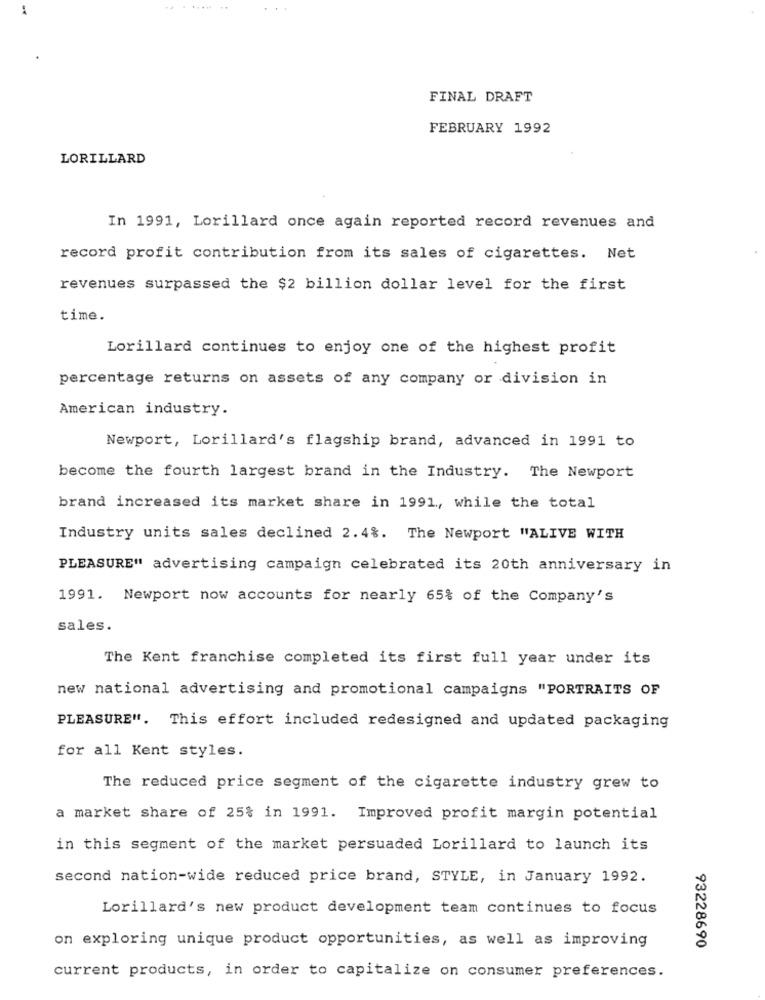
FINAL DRAFT
FEBRUARY 1992
LORILLARD
In 1991, Lorillard once again reported record revenues and
record profit contribution from its sales of cigarettes. Net
revenues surpassed the $2 billion dollar level for the first
time.
Lorillard continues to enjoy one of the highest profit
percentage returns on assets of any company or division in
American industry.
Newport, Lorillard's flagship brand, advanced in 1991 to
become the fourth largest brand in the Industry. The Newport
brand increased its market share in 1991, while the total
Industry units sales declined 2.4%. The Newport "ALIVE WITH
PLEASURE" advertising campaign celebrated its 20th anniversary in
1991. Newport now accounts for nearly 65% of the Company's
sales.
The Kent franchise completed its first full year under its
new national advertising and promotional campaigns "PORTRAITS OF
PLEASURE". This effort included redesigned and updated packaging
for all Kent styles.
The reduced price segment of the cigarette industry grew to
a market share of 25% in 1991. Improved profit margin potential
in this segment of the market persuaded Lorillard to launch its
second nation-wide reduced price brand, STYLE, in January 1992.
Lorillard's new product development team continues to focus
on exploring unique product opportunities, as well as improving
93228690
current products, in order to capitalize on consumer preferences.